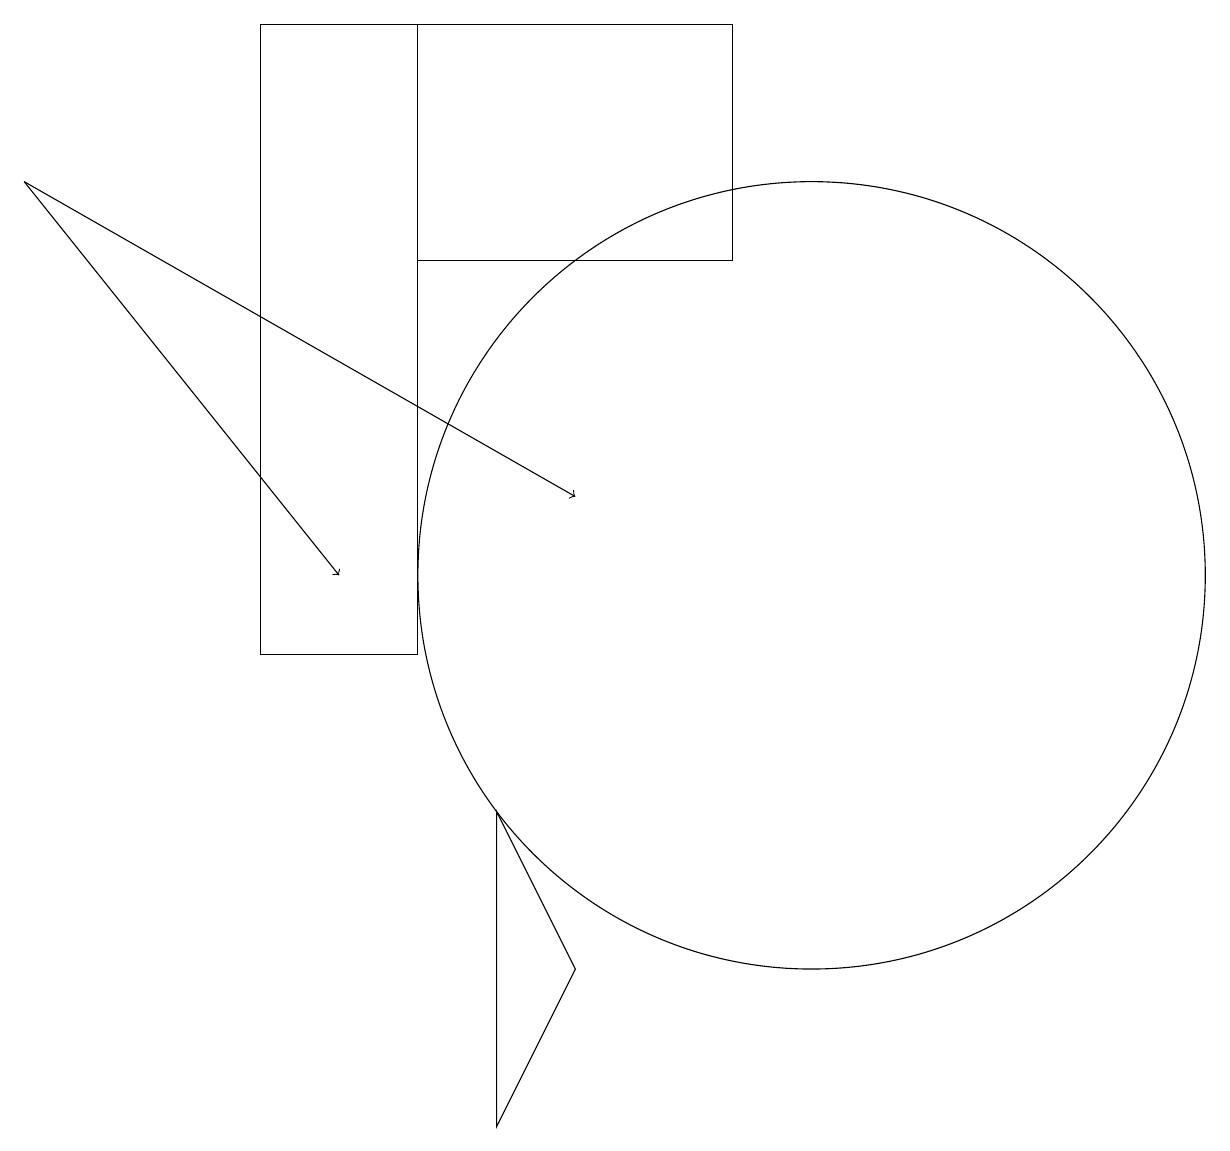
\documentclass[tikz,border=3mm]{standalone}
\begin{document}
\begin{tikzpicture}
\draw (10,12) circle (5);
\draw[->] (0,17) -- (4,12);
\draw (5,19) rectangle (3,11);
\draw (7,7) -- (6,5) -- (6,9) -- cycle;
\draw (10,11) circle (0);
\draw (9,19) rectangle (5,16);
\draw[->] (0,17) -- (7,13);
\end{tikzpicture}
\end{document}